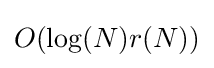
O(\log(N)r(N))